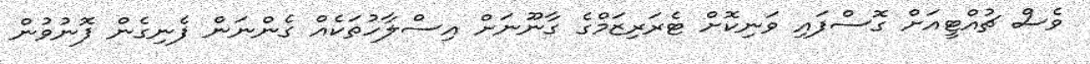
ވެސް ޗުއްޓީއަށް ގޮސްފައި ވަނިކޮށް ޓެރަރިޒަމްގެ ގާނޫނަށް އިސްލާހުތަކެއް ގެންނަން ފެނިގެން ފޮނުވުން